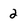
Character: 2